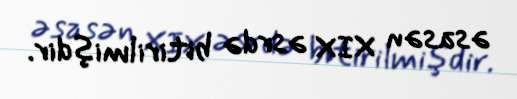
əsasən XIX əsrdə bitirilmişdir.